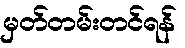
မှတ်တမ်းတင်ရန်